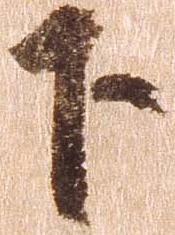
下